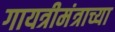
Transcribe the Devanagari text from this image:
गायत्रीमंत्राच्या